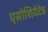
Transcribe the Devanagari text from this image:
एसोशियेटेड